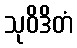
သုဝိဒိတံ